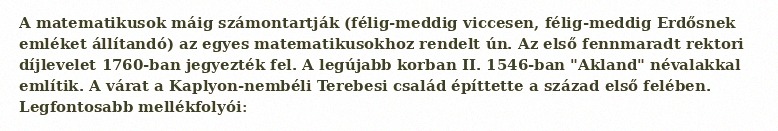
A matematikusok máig számontartják (félig-meddig viccesen, félig-meddig Erdősnek emléket állítandó) az egyes matematikusokhoz rendelt ún. Az első fennmaradt rektori díjlevelet 1760-ban jegyezték fel. A legújabb korban II. 1546-ban "Akland" névalakkal említik. A várat a Kaplyon-nembéli Terebesi család építtette a század első felében. Legfontosabb mellékfolyói: